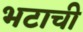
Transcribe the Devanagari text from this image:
भटाची